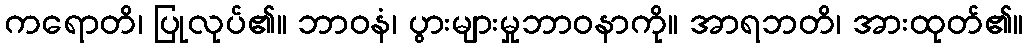
ကရောတိ၊ ပြုလုပ်၏။ ဘာဝနံ၊ ပွားများမှုဘာဝနာကို။ အာရဘတိ၊ အားထုတ်၏။